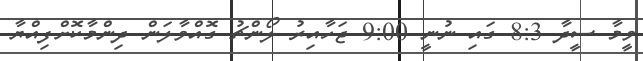
ވީމާ ސީދާ 8:3 ގައި ނުނީ 9:00 ޖަހާއިރު ލޯންޗު ގޮއްވާލަން ދިންމާކޮށްފިއްޔާ